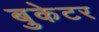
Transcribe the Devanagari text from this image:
बुकेटर